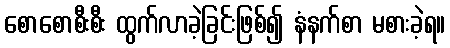
စောစောစီးစီး ထွက်လာခဲ့ခြင်းဖြစ်၍ နံနက်စာ မစားခဲ့ရ။